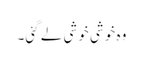
وہ خوشی خوشی لے گئی۔